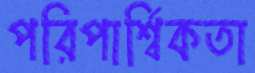
পরিপার্শ্বিকতা